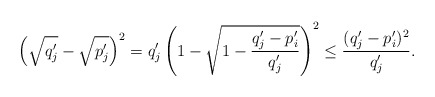
\begin{align*}\left( \sqrt{q'_j} - \sqrt{p'_j}\right)^2 = q'_j\left( 1 - \sqrt{1 - \frac{q'_j - p'_i}{q'_j}}\right)^2 \leq \frac{(q'_j - p'_i)^2}{q'_j}.\end{align*}